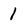
Character: 1